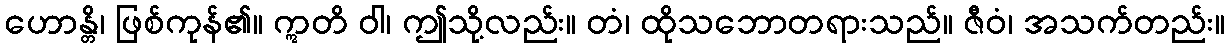
ဟောန္တိ၊ ဖြစ်ကုန်၏။ ဣတိ ဝါ၊ ဤသို့လည်း။ တံ၊ ထိုသဘောတရားသည်။ ဇီဝံ၊ အသက်တည်း။